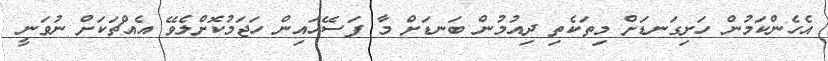
އެހެންކަމުން ހަށިގަނޑަށް މިތަކެތި ދިއުމުން ބަނޑަށް މާ ފަސޭހައިން ހަޖަމުކޮށްލެވޭ އެއްޗަކަށް ނުވަނީ